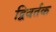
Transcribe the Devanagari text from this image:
द्विवर्तक